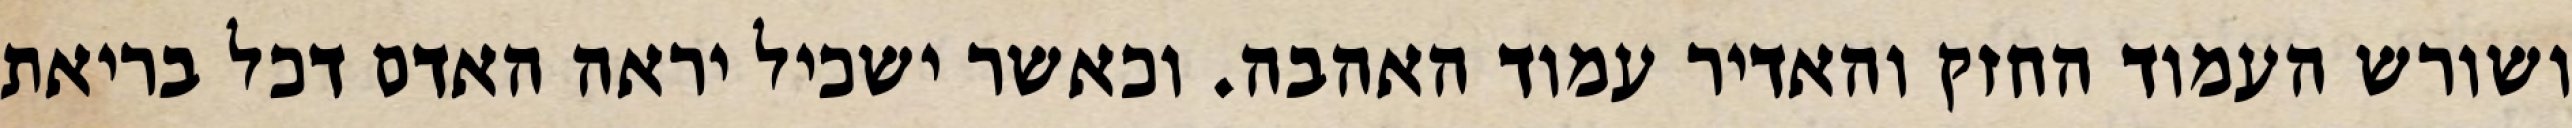
ושורש העמוד החזק והאדיר עמוד האהבה. וכאשר ישכיל יראה האדם דכל בריאת